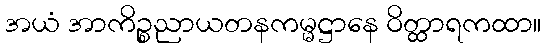
အယံ အာကိဉ္စညာယတနကမ္မဋ္ဌာနေ ဝိတ္ထာရကထာ။